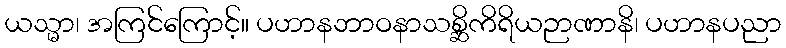
ယသ္မာ၊ အကြင်ကြောင့်။ ပဟာနဘာဝနာသစ္ဆိကိရိယဉာဏာနိ၊ ပဟာနပညာ